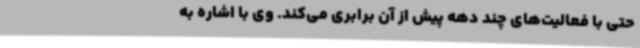
حتی با فعالیت‌های چند دهه پیش از آن برابری می‌کند.‌ وی با اشاره به